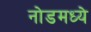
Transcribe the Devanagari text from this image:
नोडमध्ये